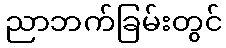
ညာဘက်ခြမ်းတွင်